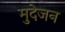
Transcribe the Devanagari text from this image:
मुदेजन